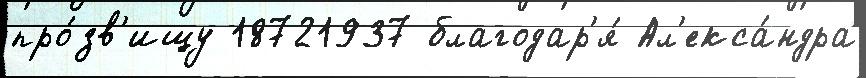
про́зв'ищу 18721937 благодар'я́ Ал'екса́ндра